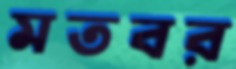
মতবর